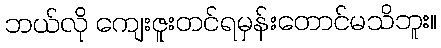
ဘယ်လို ကျေးဇူးတင်ရမှန်းတောင်မသိဘူး။